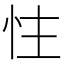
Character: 𪫬